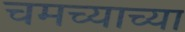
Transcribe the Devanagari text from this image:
चमच्याच्या